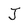
Character: J